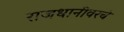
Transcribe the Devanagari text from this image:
राजधानीवरचे